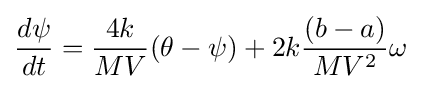
{\frac {d\psi }{dt}}={\frac {4k}{MV}}(\theta -\psi )+2k{\frac {(b-a)}{MV^{2}}}\omega